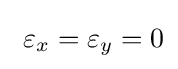
\ \varepsilon _{x}=\varepsilon _{y}=0